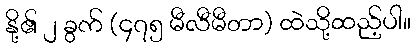
နို့၏ ၂ ခွက် (၄၇၅ မီလီမီတာ) ထဲသို့ထည့်ပါ။